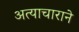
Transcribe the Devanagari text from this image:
अत्याचाराने